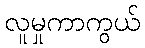
လူမှုကာကွယ်